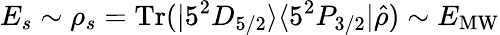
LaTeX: E_{s}\sim\rho_{s}=\mathrm{Tr}(|5^{2}D_{5/2}\rangle\langle 5^{2}P_{3/2}|\hat{\rho})\sim E_{\mathrm{MW}}